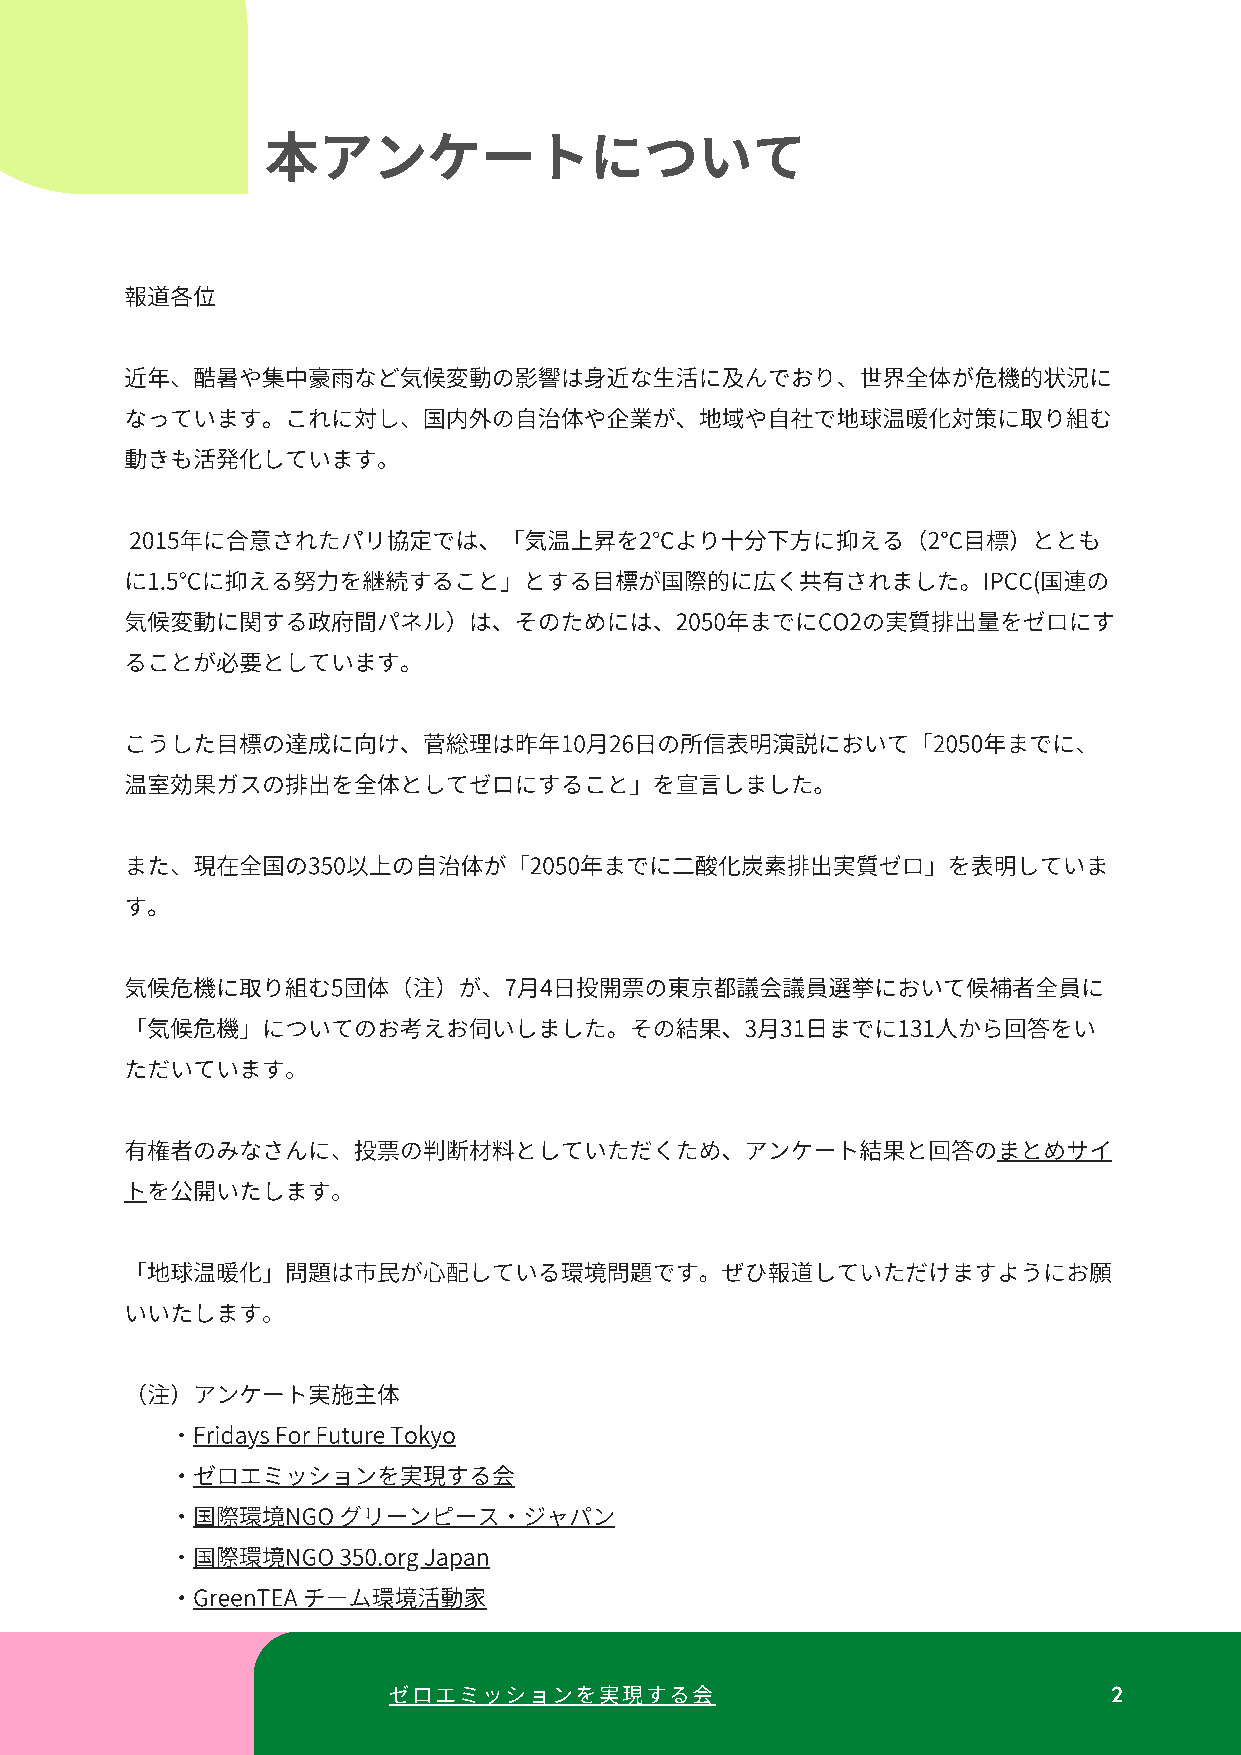
アンケートについて
 報道各位
 近年、酷暑や集中豪⾬など気候変動の影響は⾝近な⽣活に及んでおり、世界全体が危機的状況に
 なっています。これに対し、国内外の⾃治体や企業が、地域や⾃社で地球温暖化対策に取り組む
 動きも活発化しています。
 2015年に合意されたパリ協定では、「気温上昇を2℃より⼗分下⽅に抑える（2℃⽬標）ととも
 に1.5℃に抑える努⼒を継続すること」とする⽬標が国際的に広く共有されました。IPCC(国連の
 気候変動に関する政府間パネル）は、そのためには、2050年までにCO2の実質排出量をゼロにす
 ることが必要としています。
 こうした⽬標の達成に向け、菅総理は昨年10⽉26⽇の所信表明演説において「2050年までに、
 温室効果ガスの排出を全体としてゼロにすること」を宣⾔しました。
 また、現在全国の350以上の⾃治体が「2050年までに⼆酸化炭素排出実質ゼロ」を表明していま
 す。
 気候危機に取り組む5団体（注）が、7⽉4⽇投開票の東京都議会議員選挙において候補者全員に
 「気候危機」についてのお考えお伺いしました。その結果、3⽉31⽇までに131⼈から回答をい
 ただいています。
 有権者のみなさんに、投票の判断材料としていただくため、アンケート結果と回答のまとめサイ
 トを公開いたします。
 「地球温暖化」問題は市⺠が⼼配している環境問題です。ぜひ報道していただけますようにお願
 いいたします。
 （注）アンケート実施主体
 ・FridaysForFutureTokyo
 ・ゼロエミッションを実現する会
 ・国際環境NGOグリーンピース・ジャパン
 ・国際環境NGO350.orgJapan
 ・GreenTEAチーム環境活動家
 ゼロエミッションを現する                                 2